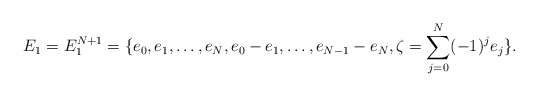
\begin{align*} E _ 1 = E_1 ^ {N+1} = \{ e _ 0, e_1, \dots, e_N, e_0-e_1, \dots , e _ { N -1} - e _N ,\zeta = \sum _ { j = 0 } ^ N ( -1) ^ j e _ j \} . \end{align*}